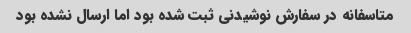
متاسفانه در سفارش نوشیدنی ثبت شده بود اما ارسال نشده بود